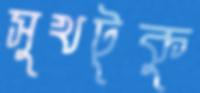
সুখটুকু